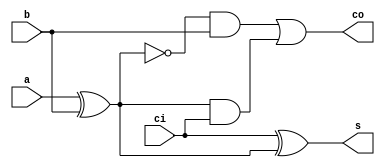
//Here lies declared the ripple carry adder
module full_adder(input b,a,ci, output co,s);

wire w;

assign w = a^b;
assign s = ci^w;
assign co = (~w&b)|(w&ci);

endmodule

module ripple_carry_adder(input [3:0]a,input [3:0]b,input ci, output [7:0]out);

wire [2:0]w;
wire [4:0]o;

full_adder adder1(a[0],b[0],ci,w[0],o[0]);
full_adder adder2(a[1],b[1],w[0],w[1],o[1]);
full_adder adder3(a[2],b[2],w[1],w[2],o[2]);
full_adder adder4(a[3],b[3],w[2],o[4],o[3]);

assign out[7:0] = {2'b00,o[4:0]};

endmodule
//here thy definition of thy ripple carry adder ends 

//here thy definition of the hex display lies
module seg7(input [3:0] SW, output [6:0] HEX0);
   // Logic functions describing each of the 7 segments of the display
   assign HEX0[0]=~((SW[3]|SW[2]|SW[1]|~SW[0])&(SW[3]|~SW[2]|SW[1]|SW[0])&(~SW[3]|SW[2]|~SW[1]|~SW[0])&(~SW[3]|~SW[2]|SW[1]|~SW[0]));
	assign HEX0[1]=~((SW[3]|~SW[2]|SW[1]|~SW[0])& (SW[3]|~SW[2]|~SW[1]|SW[0])&(~SW[3]|SW[2]|~SW[1]|~SW[0])&(~SW[3]|~SW[2]|SW[1]|SW[0])&(~SW[3]|~SW[2]|~SW[1]|SW[0])&(~SW[3]|~SW[2]|~SW[1]|~SW[0]));
	assign HEX0[2]=~((SW[3]|SW[2]|~SW[1]|SW[0])&(~SW[3]|~SW[2]|SW[1]|SW[0])&(~SW[3]|~SW[2]|~SW[1]|SW[0])&(~SW[3]|~SW[2]|~SW[1]|~SW[0]));
	assign HEX0[3]=~((SW[3]|SW[2]|SW[1]|~SW[0])&(SW[3]|~SW[2]|SW[1]|SW[0])&(SW[3]|~SW[2]|~SW[1]|~SW[0])&(~SW[3]|SW[2]|~SW[1]|SW[0])&(~SW[3]|~SW[2]|~SW[1]|~SW[0])); 
	assign HEX0[4]=~((SW[3]|SW[2]|SW[1]|~SW[0])&(SW[3]|SW[2]|~SW[1]|~SW[0])&(SW[3]|~SW[2]|SW[1]|SW[0])&(SW[3]|~SW[2]|SW[1]|~SW[0])&(SW[3]|~SW[2]|~SW[1]|~SW[0])&(~SW[3]|SW[2]|SW[1]|~SW[0]));
	assign HEX0[5]=~((SW[3]|SW[2]|SW[1]|~SW[0])&(SW[3]|SW[2]|~SW[1]|SW[0])&(SW[3]|SW[2]|~SW[1]|~SW[0])&(SW[3]|~SW[2]|~SW[1]|~SW[0])&(~SW[3]|~SW[2]|SW[1]|~SW[0]));
	assign HEX0[6]=~((SW[3]|SW[2]|SW[1]|SW[0])&(SW[3]|SW[2]|SW[1]|~SW[0])&(SW[3]|~SW[2]|~SW[1]|~SW[0])&(~SW[3]|~SW[2]|SW[1]|SW[0]));
endmodule
//here thy definition of thy hex display ends

//Top module for arithmetic logic unit
module arithmetic_logic_unit(input [9:0]SW, input [2:0]KEY, output [7:0]LEDR, 
                             output [6:0]HEX0,output [6:0]HEX1,output [6:0]HEX2,
									  output [6:0]HEX3, output [6:0]HEX4, output [6:0]HEX5);

	wire [7:0]w1;
   wire [7:0]w2;    
   wire [3:0]w3;
	wire [3:0]w4;
	wire [7:0]w5;
	wire [7:0]w7;
	
   ripple_carry_adder inst1(SW[7:4],SW[3:0],{1'b0},w1[7:0]);
	
	wire [4:0]temp;
	assign temp = SW[7:4]+SW[3:0];
	assign w2 = {3'b000,temp};
	assign w3 = SW[7:4]~^SW[3:0];
	assign w4 = ~(SW[7:4]&SW[3:0]);
	assign w5 = {w4,w3};
	
	
	reg [7:0]w8;
	
	always@(*)
	begin
		if(((SW[7:4]=={4'b0001})||(SW[7:4]=={4'b0010})||(SW[7:4]=={4'b0100})||(SW[7:4]=={4'b1000}))&&
			((SW[3:0]=={4'b0011})||(SW[3:0]=={4'b0110})||(SW[3:0]=={4'b1100})||(SW[3:0]=={4'b1001})||
			(SW[3:0]=={4'b0101})||(SW[3:0]=={4'b1010})))
			w8 = 8'b11110000;
			
		else
			w8 = 8'b00000000;
	end
	
	reg [7:0]w6;
	
	always@(*)
	begin
		if({SW[7:4],SW[3:0]}||{1'b0})
			w6 = 8'b00001111;
		
		else
			w6 = 8'b00000000;
	end
	
	assign w7 = {SW[7:4],~SW[3:0]};
	
	reg [7:0]ALUout;
	
	always@(*)
	begin
		case(KEY[2:0])
			3'b000: ALUout = w1;
			3'b001: ALUout = w2;
			3'b010: ALUout = w5;
			3'b100: ALUout = w6;
			3'b011: ALUout = w8;
			3'b110: ALUout = w7;
			default: ALUout = {8'b00000000};
		endcase
	end
		
	assign LEDR[7:0] = ALUout[7:0];
	seg7 HEx0(SW[3:0], HEX0[6:0]);
	seg7 HEx2(SW[7:4], HEX2[6:0]);
	assign HEX1[6:0]={7'b0000000};
	assign HEX3[6:0]={7'b0000000};
	seg7 HEx4(ALUout[3:0], HEX4[6:0]);
	seg7 HEx5(ALUout[7:4], HEX5[6:0]);
		
endmodule